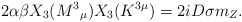
\begin{align*}2\alpha \beta X_{3}(M^{3}{}_{\mu })X_{3}(K^{3\mu })= 2 i D \sigma m_{Z}.\end{align*}